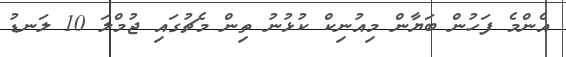
އެންމެ ފަހުން ބަޔާން މިއުނިކް ކުޅުނު ތިން މެޗުގައި ޖުމްލަ 10 ލަނޑު